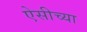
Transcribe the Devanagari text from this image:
ऐसीच्या